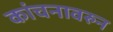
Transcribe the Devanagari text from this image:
कांचनावरुन